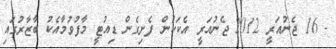
- 16 ޖެނުއަރީ 2012 ޖެނުއަރީ އެކަކުން ފެށިގެން ޑިއުޓީ މާފުވުމާއެކު ބާޒާރުގައި